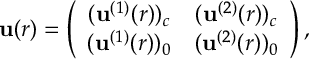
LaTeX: \mathbf { u } ( r ) = \left( \begin{array} { c c } { { ( \mathbf { u } ^ { ( 1 ) } ( r ) ) _ { c } } } & { { ( \mathbf { u } ^ { ( 2 ) } ( r ) ) _ { c } } } \\ { { ( \mathbf { u } ^ { ( 1 ) } ( r ) ) _ { 0 } } } & { { ( \mathbf { u } ^ { ( 2 ) } ( r ) ) _ { 0 } } } \end{array} \right) ,